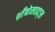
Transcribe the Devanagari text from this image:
थ्राँबोसाइट्स